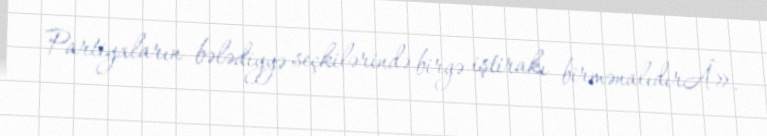
Partiyaların bələdiyyə seçkilərində birgə iştirakı birmənalıdırÂ».